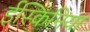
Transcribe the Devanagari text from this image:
ईस्किमिया